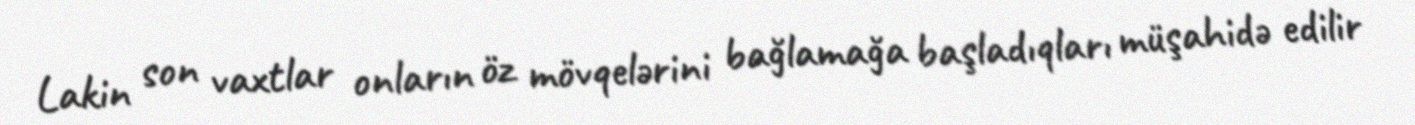
Lakin son vaxtlar onların öz mövqelərini bağlamağa başladıqları müşahidə edilir